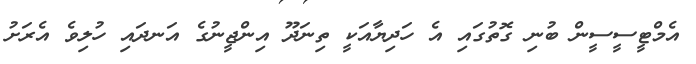
އެމްޓީސީސީން ބުނި ގޮތުގައި އެ ހަދިޔާއަކީ ތިނަދޫ އިންޖީނުގެ އަނދައި ހުލިވެ އެރަށު